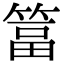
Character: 䈏